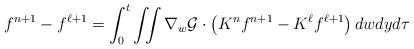
LaTeX: \begin{align*} f^{n+1}-f^{\ell +1} = \int^t_0 \iint \nabla_w {\cal G}\cdot\left(K^nf^{n+1}-K^{\ell}f^{\ell+1}\right) dwdy d \tau \end{align*}